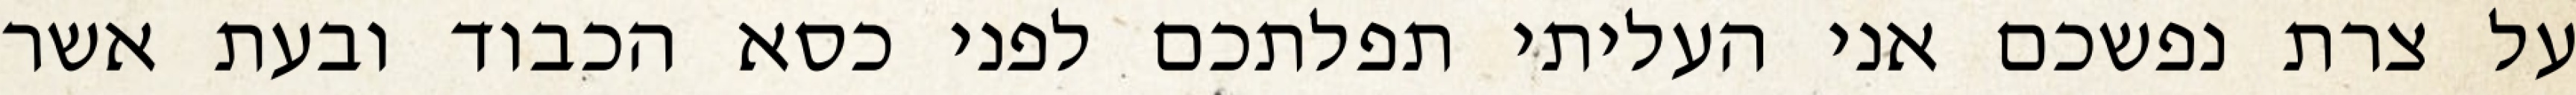
על צרת נפשכם אני העליתי תפלתכם לפני כסא הכבוד ובעת אשר